DOW-UAP-D20, Mission Report, Southern United States, 2020
Agency: Department of War
Incident date: 3/31/23
Incident location: Iraq
Page 5
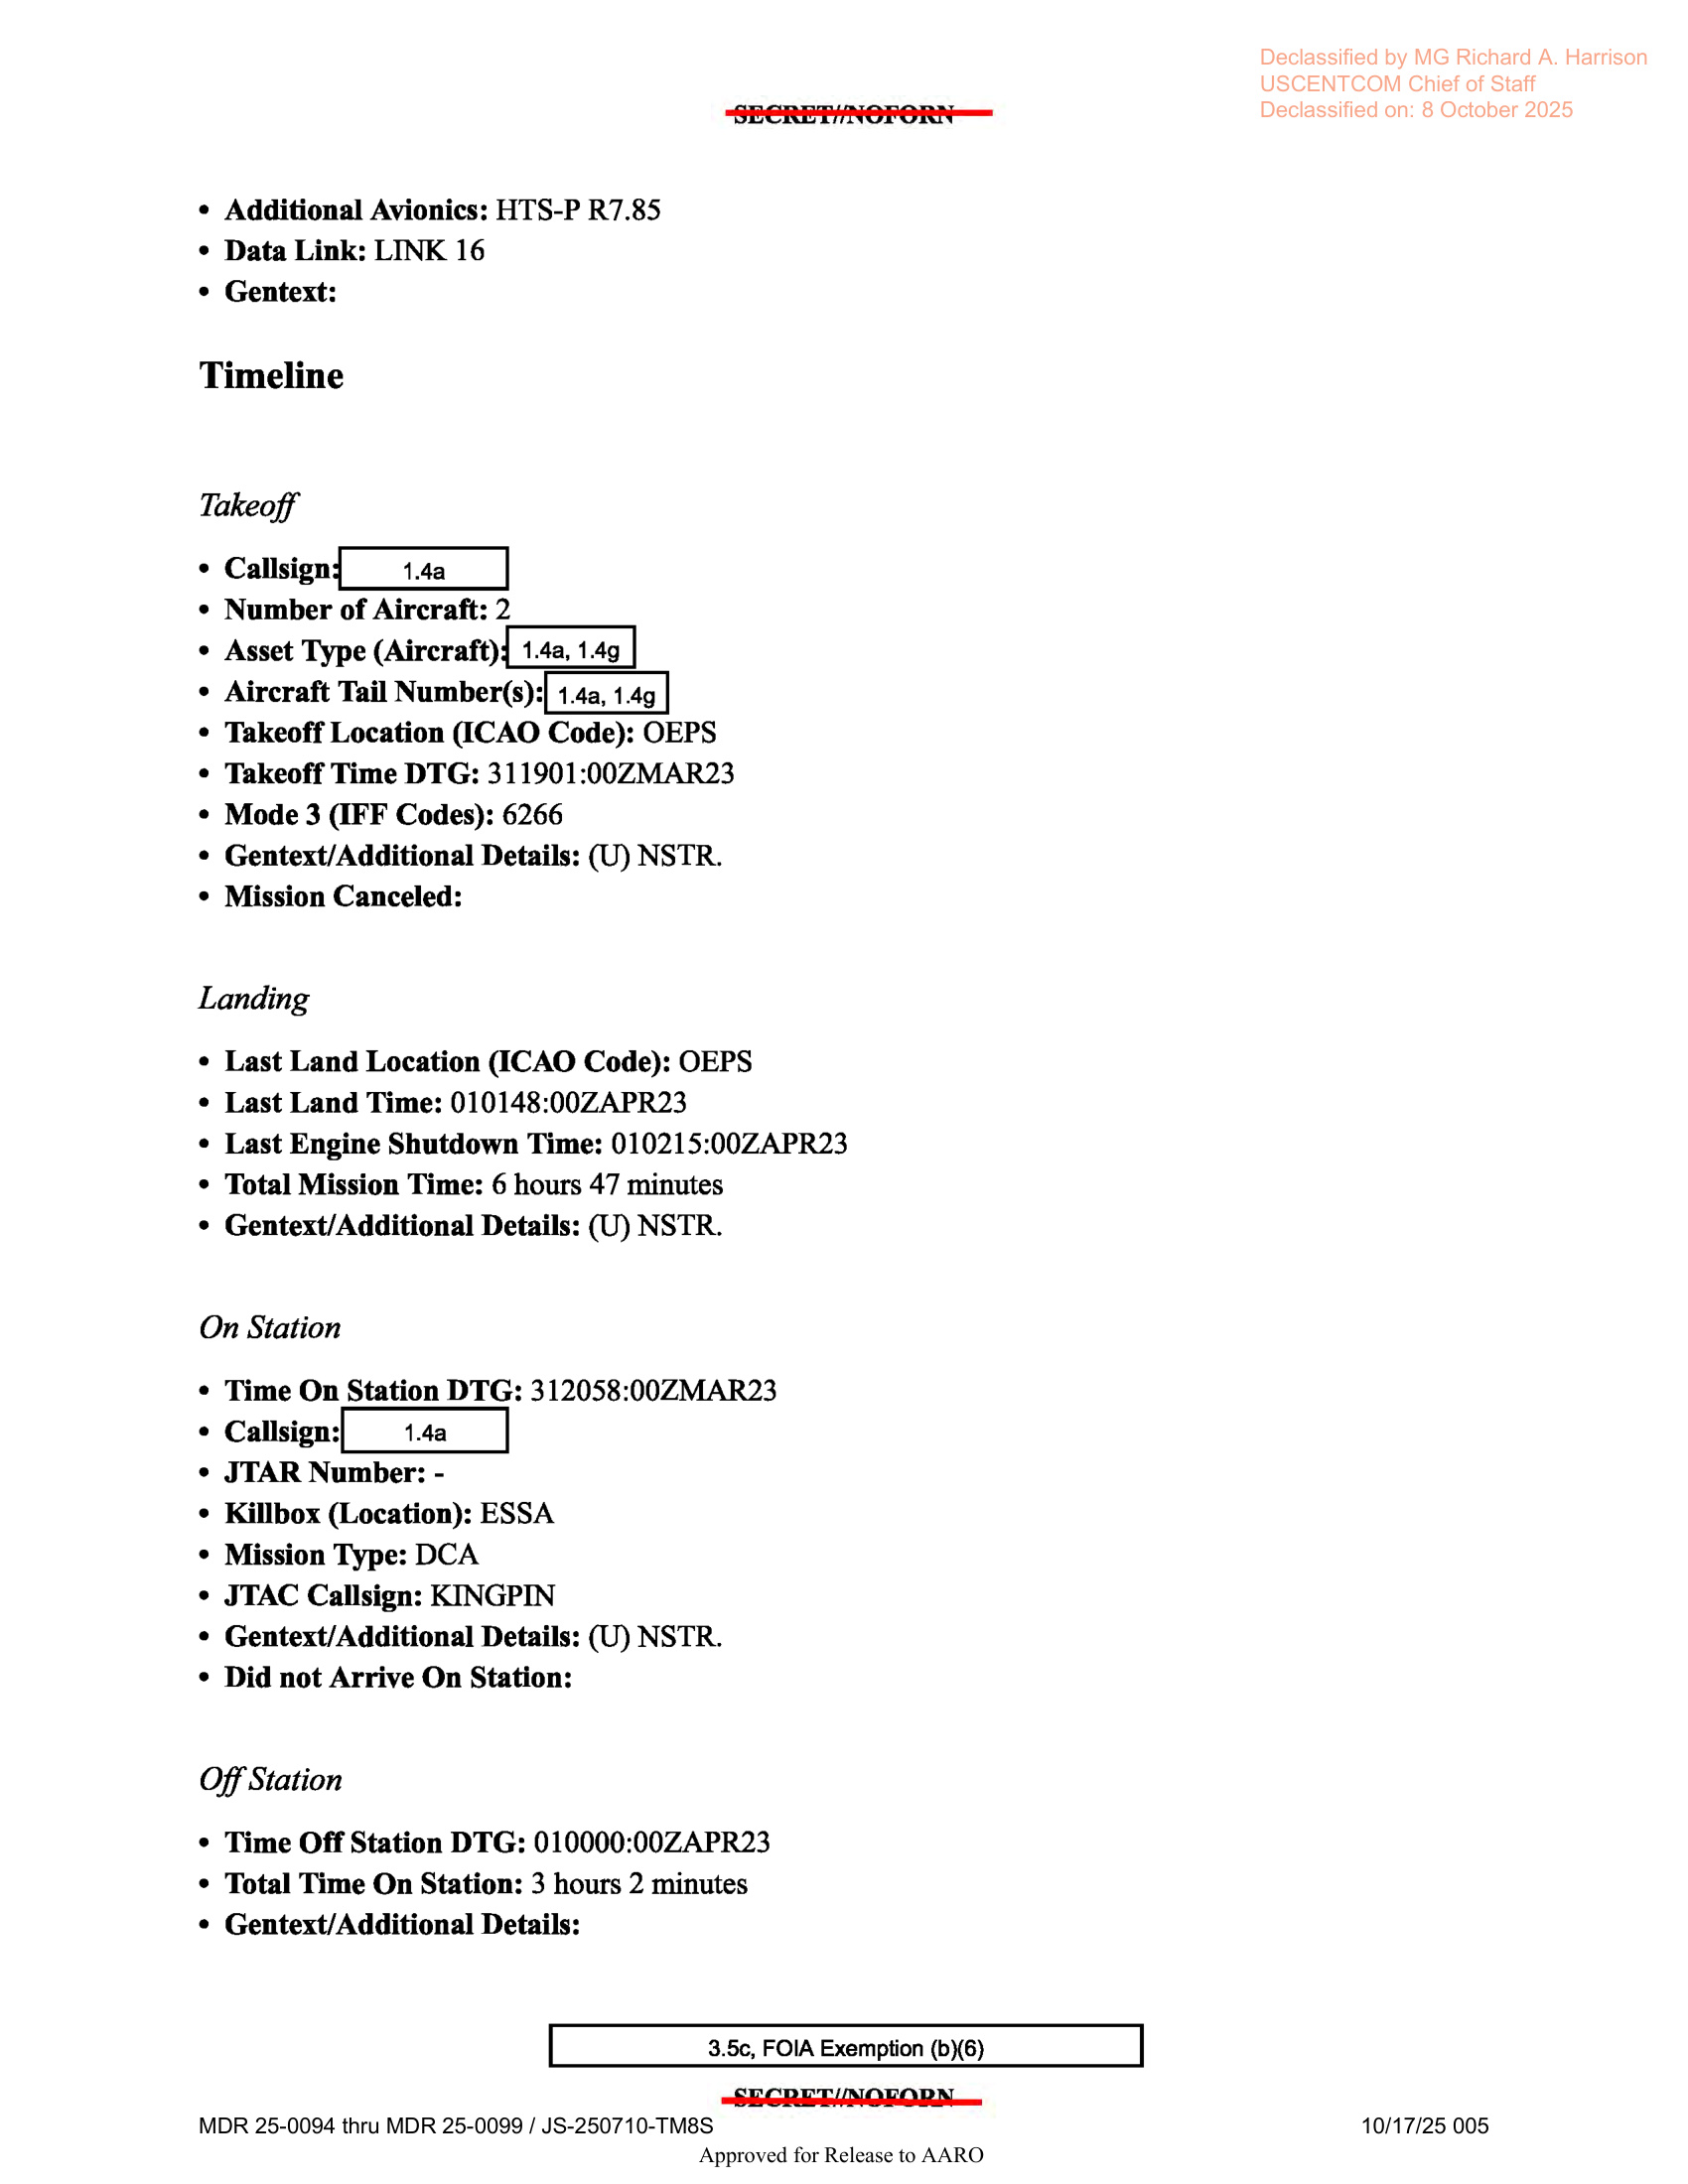